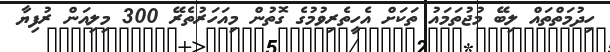
ހިދުމަތްތައް ލިބޭ މުޖުތަމައު ތަކަށް އެހީތެރިވުމުގެ ގޮތުން މިއަހަރުތެރޭ 300 މިލިއަން ރުފިޔާ